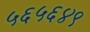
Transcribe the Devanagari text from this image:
५६५६४९